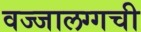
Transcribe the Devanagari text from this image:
वज्‍जालग्गची